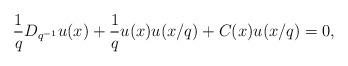
LaTeX: \begin{align*} \frac{1}{q} D_{q^{-1}} u(x)+\frac{1}{q}u(x) u(x/q)+ C(x) u(x/q)= 0, \end{align*}